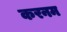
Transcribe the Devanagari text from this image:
करनम